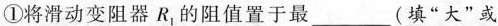
①将滑动变阻器R_{1}的阻值置于最___(填”大”或